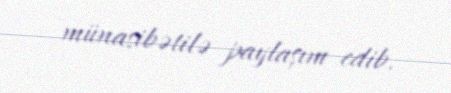
münasibətilə paylaşım edib.